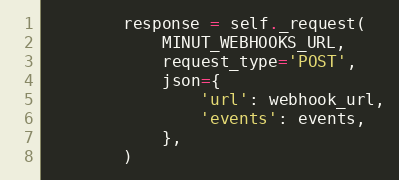
Language: Python
        response = self._request(
            MINUT_WEBHOOKS_URL,
            request_type='POST',
            json={
                'url': webhook_url,
                'events': events,
            },
        )